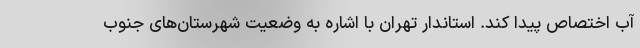
آب اختصاص پیدا کند. استاندار تهران با اشاره به وضعیت شهرستان‌های جنوب